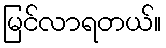
မြင်လာရတယ်။